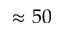
\approx 5 0